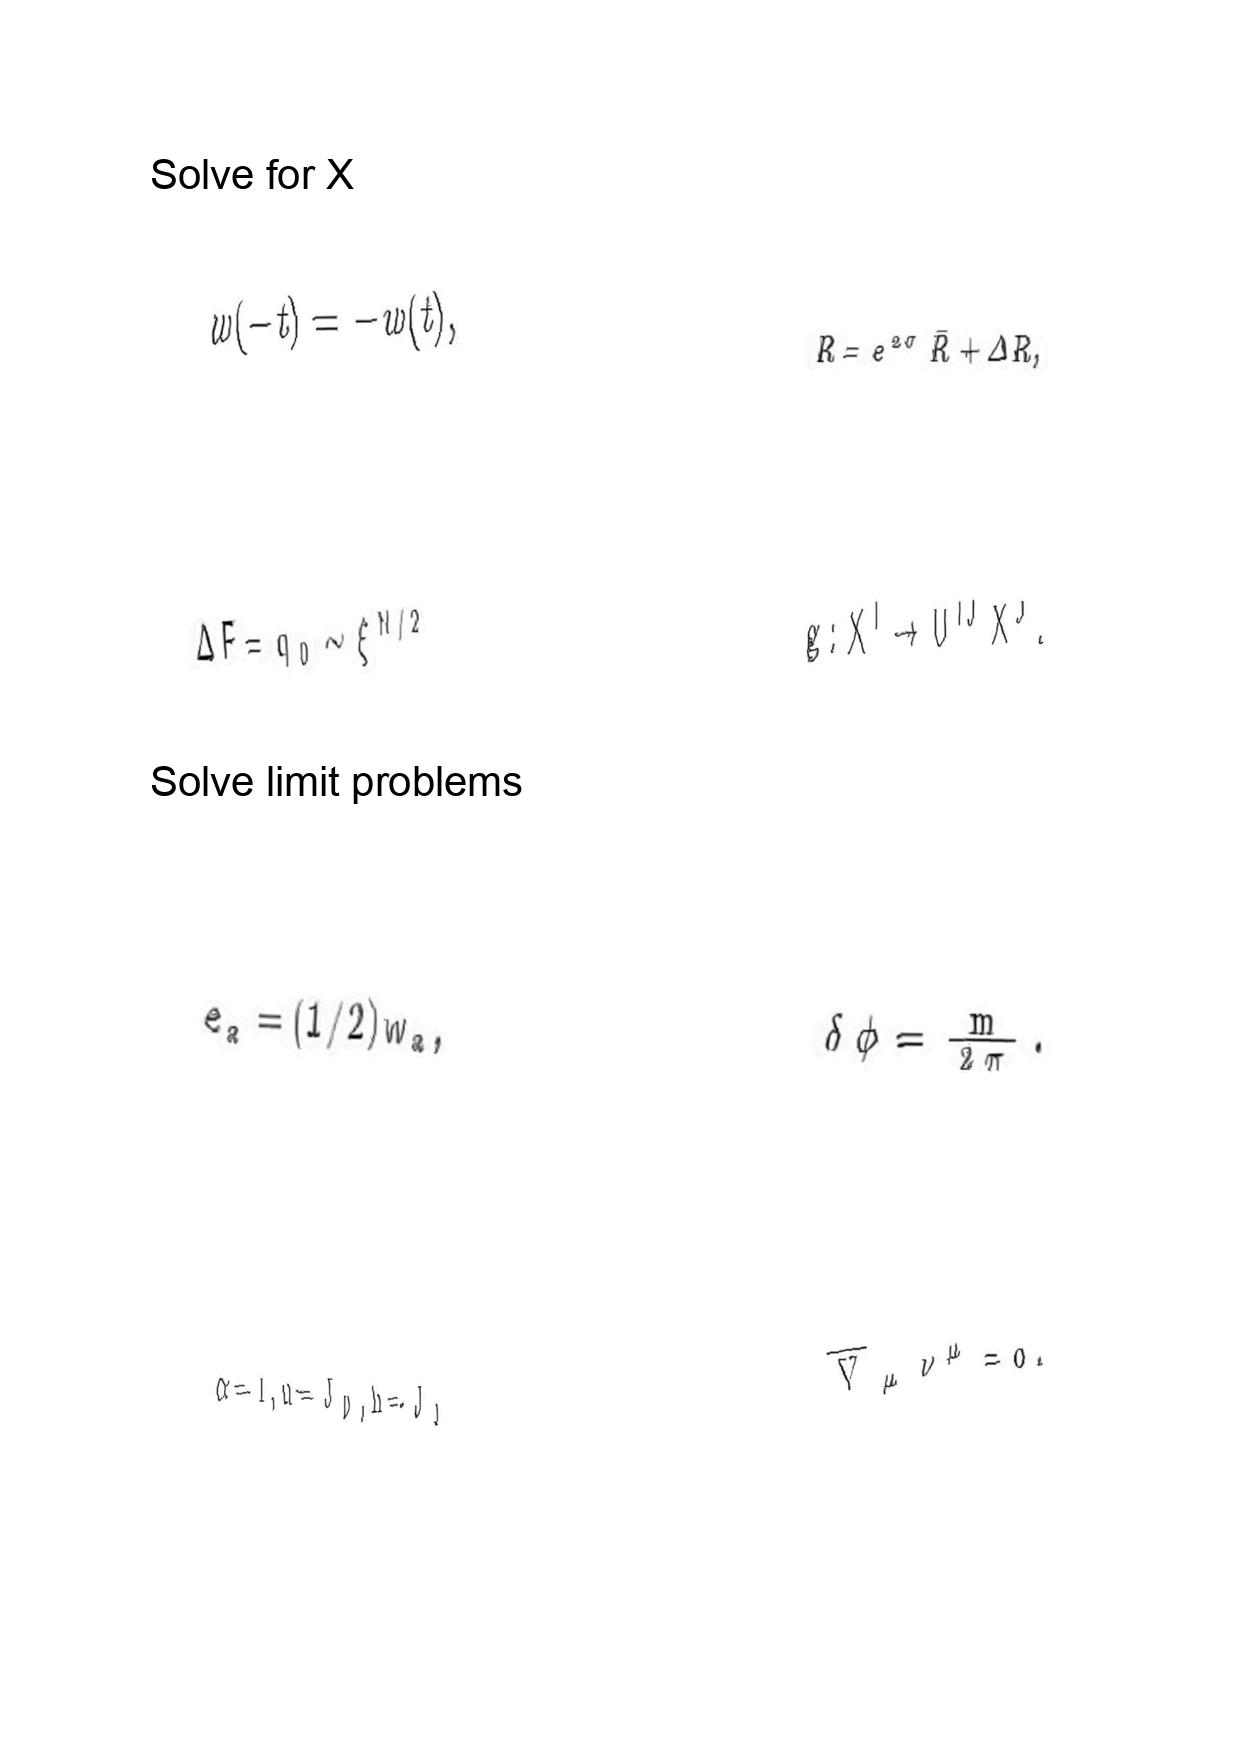
LaTeX transcription:
w \lparen - t \rparen = - w \lparen t \rparen ,
\Delta F = q _ { 0 } \sim \xi ^ { N / 2 }
e _ { a } = \lparen 1 / 2 \rparen w _ { a } ,
\alpha = 1 , u = J _ { 0 } , h = J _ { 1 }
R = e ^ { 2 \sigma } \bar { R } + \Delta R ,
g : X ^ { I } \rightarrow U ^ { I J } X ^ { J } .
\delta \phi = \frac { m } { 2 \pi } .
\overline { \nabla } _ { \mu } \nu ^ { \mu } = 0 .